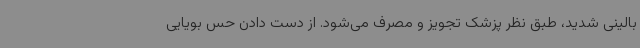
بالینی شدید، طبق نظر پزشک تجویز و مصرف می‌شود. از دست دادن حس بویایی